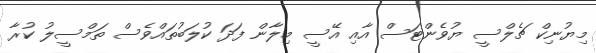
މިޔުނިކް ޗެލްސީ ޔުވެންޓަސް އާއި އޭސީ މިލާން ފަދަ ކުލަބުތައްވެސް ތަމްސީލު ކުރާ